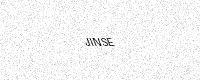
Text: JINSE